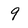
Character: 9